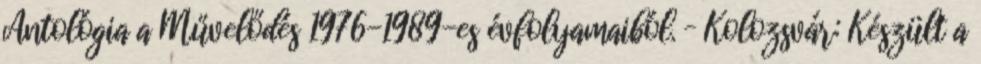
Antológia a Művelődés 1976-1989-es évfolyamaiból. – Kolozsvár: Készült a